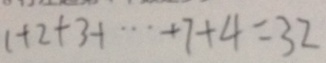
1 + 2 + 3 + \cdots + 7 + 4 = 3 2